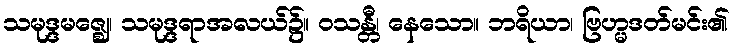
သမုဒ္ဒမဇ္ဈေ၊ သမုဒ္ဒရာအလယ်၌။ ဝသန္တီ၊ နေသော။ ဘရိယာ၊ ဗြဟ္မဒတ်မင်း၏